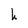
Character: h